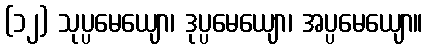
(၁၂) သုပ္ပမေယျော၊ ဒုပ္ပမေယျော၊ အပ္ပမေယျော။